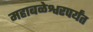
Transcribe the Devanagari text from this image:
महाबळेश्वरपर्यंत